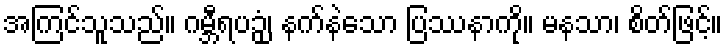
အကြင်သူသည်။ ဂမ္ဘီရပဉှံ၊ နက်နဲသော ပြဿနာကို။ မနသာ၊ စိတ်ဖြင့်။